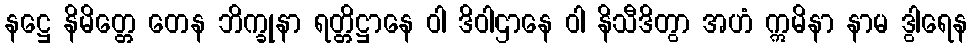
နဋ္ဌေ နိမိတ္တေ တေန ဘိက္ခုနာ ရတ္တိဋ္ဌာနေ ဝါ ဒိဝါဌာနေ ဝါ နိသီဒိတွာ အဟံ ဣမိနာ နာမ ဒွါရေန